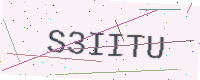
Text: S3IITU